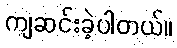
ကျဆင်းခဲ့ပါတယ်။